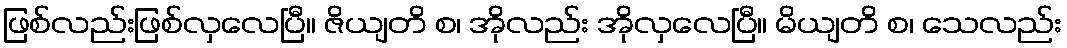
ဖြစ်လည်းဖြစ်လှလေပြီ။ ဇိယျတိ စ၊ အိုလည်း အိုလှလေပြီ။ မိယျတိ စ၊ သေလည်း